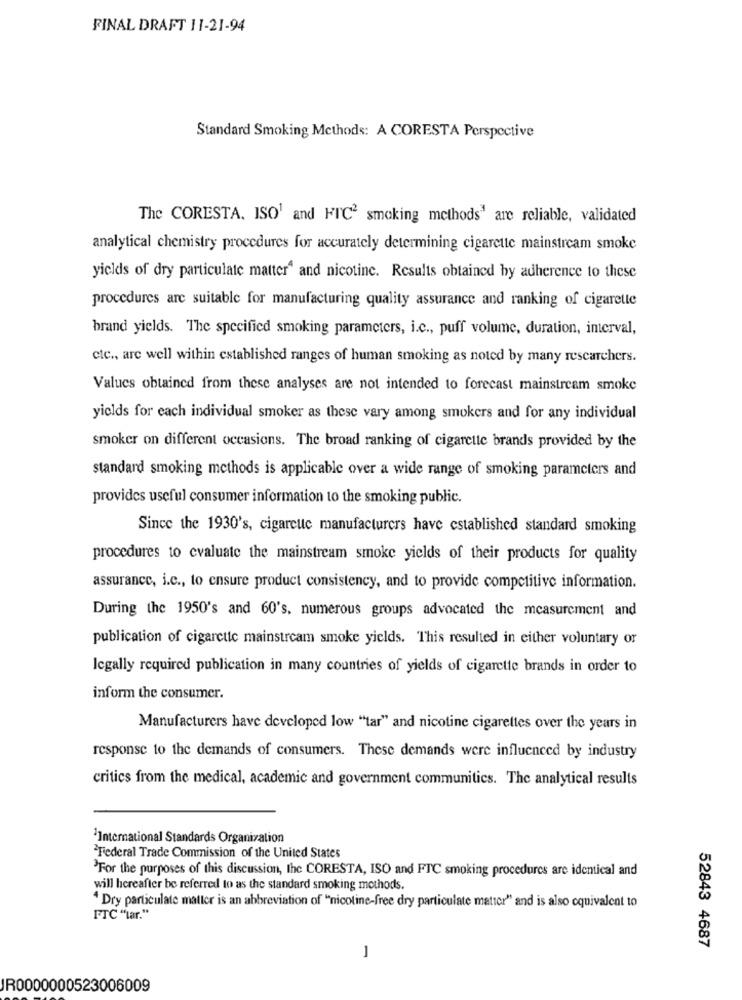
FINAL DRAFT 11-21-94
Standard Smoking Methods: A CORESTA Perspective
The CORESTA. ISO' and FIC' smoking methods' are reliable, validated
analytical chemistry procedures for accurately determining cigarette mainstream smoke
yields of dry particulate matter" and nicotine. Results obtained by adherence to these
procedures are suitable for manufacturing quality assurance and ranking of cigarette
brand yields. The specified smoking parameters, i.c ., puff volume, duration, interval,
etc ., arc well within established ranges of human smoking as noted by many researchers.
Values obtained from these analyses are not intended to forecast mainstream smoke
yields for each individual smoker as these vary among smokers and for any individual
smoker on different occasions. The broad ranking of cigarette brands provided by the
standard smoking methods is applicable over a wide range of smoking parameters and
provides useful consumer information to the smoking public.
Since the 1930's, cigarette manufacturers have established standard smoking
procedures to evaluate the mainstream smoke yields of their products for quality
assurance, i.c ., to ensure product consistency, and to provide competitive information.
During the 1950's and 60's, numerous groups advocated the measurement and
publication of cigarette mainstream smoke yields. This resulted in either voluntary or
Icgally required publication in many countries of yields of cigarette brands in order to
inform the consumer.
Manufacturers have developed low "tar" and nicotine cigarettes over the years in
response to the demands of consumers. These demands were influenced by industry
critics from the medical, academic and government communities. The analytical results
International Standards Organization
Federal Trade Commission of the United States
'For the purposes of this discussion, the CORESTA, ISO and FTC smoking procedures are identical and
will hereafter be referred to as the standard smoking methods.
" Dry particulate matter is an abbreviation of "nicotine-free dry particulate matter" and is also equivalent to
FTC ""tar."
52843 4687
-
JR0000000523006009